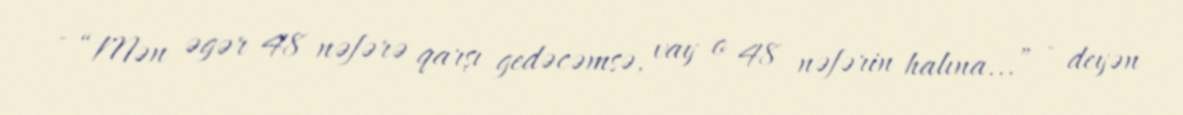
- “Mən əgər 48 nəfərə qarşı gedəcəmsə, vay o 48 nəfərin halına...” - deyən